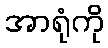
အာရုံကို